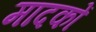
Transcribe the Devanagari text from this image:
मादकों